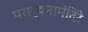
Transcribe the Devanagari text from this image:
प्रार्थनामंदिरे